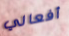
أفعالي